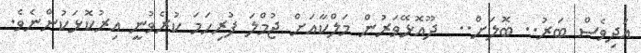
އަދިވެސް ބަރު.. ބޮލަށް..  ދޫއޮޅޭވަރުން މަލްކާއަށް ޖުމްލަ ފުރިހަމަ ކުރެވުނީ އިރުކޮޅަކުންނެވެ.